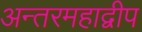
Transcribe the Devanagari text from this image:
अन्तरमहाद्वीप